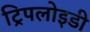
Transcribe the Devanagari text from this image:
ट्रिपलोइडी